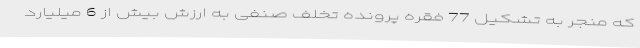
که منجر به تشکیل 77 فقره پرونده تخلف صنفی به ارزش بیش از 6 میلیارد